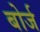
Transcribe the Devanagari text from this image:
बोर्ज